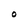
Character: O